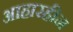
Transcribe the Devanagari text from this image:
आहारहीन